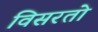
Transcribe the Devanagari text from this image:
विसरतो